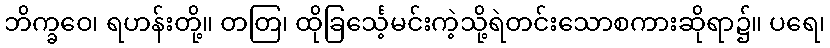
ဘိက္ခဝေ၊ ရဟန်းတို့။ တတြ၊ ထိုခြင်္သေ့မင်းကဲ့သို့ရဲတင်းသောစကားဆိုရာ၌။ ပရေ၊